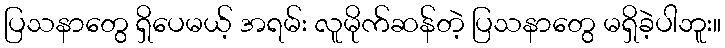
ပြသနာတွေ ရှိပေမယ့် အရမ်း လူမိုက်ဆန်တဲ့ ပြသနာတွေ မရှိခဲ့ပါဘူး။